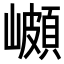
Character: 𭗣